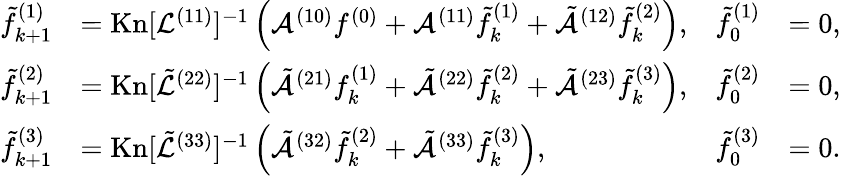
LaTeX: \begin{array}{rlrl}{\tilde{f}_{k+1}^{(1)}}&{=\mathrm{Kn}[\mathcal{L}^{(11)}]^{-1}\left(\mathcal{A}^{(10)}f^{(0)}+\mathcal{A}^{(11)}\tilde{f}_{k}^{(1)}+\tilde{\mathcal{A}}^{(12)}\tilde{f}_{k}^{(2)}\right),}&{\tilde{f}_{0}^{(1)}}&{=0,}\\ {\tilde{f}_{k+1}^{(2)}}&{=\mathrm{Kn}[\tilde{\mathcal{L}}^{(22)}]^{-1}\left(\tilde{\mathcal{A}}^{(21)}f_{k}^{(1)}+\tilde{\mathcal{A}}^{(22)}\tilde{f}_{k}^{(2)}+\tilde{\mathcal{A}}^{(23)}\tilde{f}_{k}^{(3)}\right),}&{\tilde{f}_{0}^{(2)}}&{=0,}\\ {\tilde{f}_{k+1}^{(3)}}&{=\mathrm{Kn}[\tilde{\mathcal{L}}^{(33)}]^{-1}\left(\tilde{\mathcal{A}}^{(32)}\tilde{f}_{k}^{(2)}+\tilde{\mathcal{A}}^{(33)}\tilde{f}_{k}^{(3)}\right),}&{\tilde{f}_{0}^{(3)}}&{=0.}\end{array}